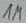
Text: 1M